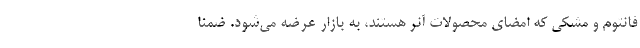
فانتوم و مشکی که امضای محصولات آنر هستند، به بازار عرضه می‌شود. ضمنا